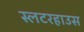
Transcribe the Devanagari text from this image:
स्लटरहाउस